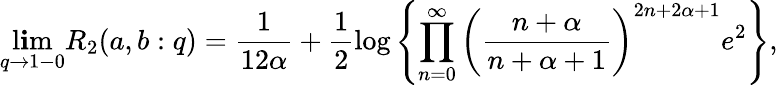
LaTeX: \operatorname*{l\mathbf{i}m}_{q\to1-0}R_{2}(a,b:q)=\frac{{1}}{{12\alpha}}+\frac{1}{2}\log\left\{ \prod_{n=0}^{\infty}\left(\frac{{n+\alpha}}{{n+\alpha+1}}\right)^{2n+2\alpha+1}e^{2}\right\} ,